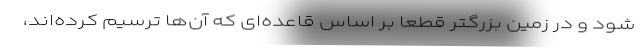
شود و در زمین بزرگتر قطعا بر اساس قاعده‌ای که آن‌ها ترسیم کرده‌اند،